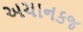
અચાનકજ